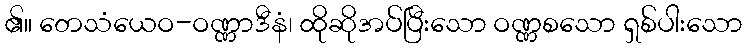
၏။ တေသံယေဝ-ဝဏ္ဏာဒီနံ၊ ထိုဆိုအပ်ပြီးသော ဝဏ္ဏစသော ရှစ်ပါးသော